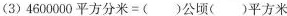
(3)$$4 6 0 0 0 0 平 方 分 米 = ( ) 公 顷 ( ) 平 方 米$$